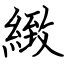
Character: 緻